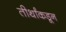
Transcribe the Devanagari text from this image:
तीर्थांकडून